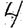
Digit: 4